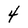
Character: 4